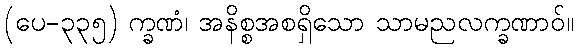
(ပေ-၃၃၅) က္ခဏံ၊ အနိစ္စအစရှိသော သာမညလက္ခဏာဝ်။